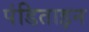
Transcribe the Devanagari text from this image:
पंडिताइन